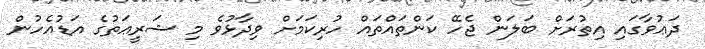
ދަޢުވާގައި އިތުރަށް ބަލަން ޖެހޭ ކަންތައްތައް ހުރިކަމަށް ވިދާޅުވެ މި ޝަރީޢަތުގެ އަޑުއެހުން